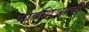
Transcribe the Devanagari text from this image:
भावविश्वाची